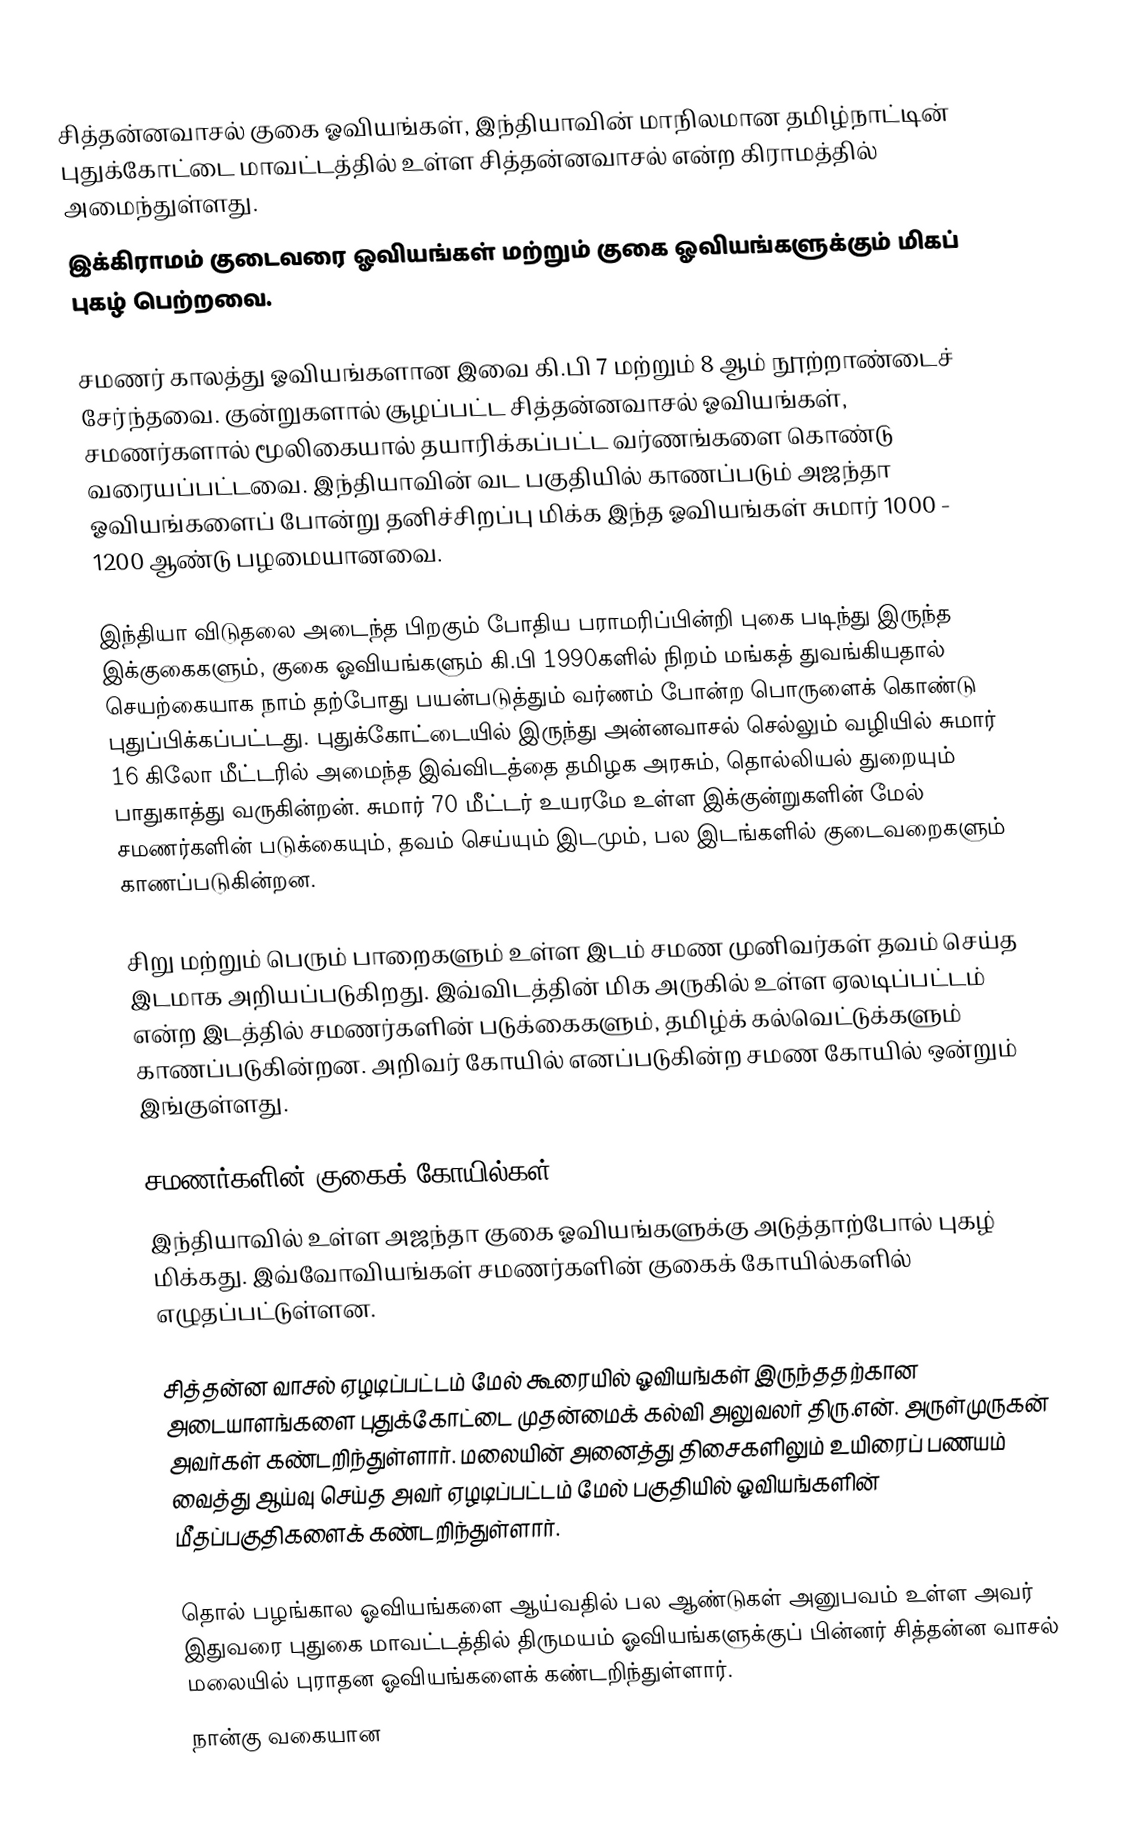
சித்தன்னவாசல் குகை ஓவியங்கள், இந்தியாவின் மாநிலமான தமிழ்நாட்டின் புதுக்கோட்டை மாவட்டத்தில் உள்ள சித்தன்னவாசல் என்ற கிராமத்தில் அமைந்துள்ளது.
இக்கிராமம் குடைவரை ஓவியங்கள் மற்றும் குகை ஓவியங்களுக்கும் மிகப் புகழ் பெற்றவை.

சமணர் காலத்து ஓவியங்களான இவை கி.பி 7 மற்றும் 8 ஆம் நூற்றாண்டைச் சேர்ந்தவை. குன்றுகளால் சூழப்பட்ட சித்தன்னவாசல் ஓவியங்கள், சமணர்களால் மூலிகையால் தயாரிக்கப்பட்ட வர்ணங்களை கொண்டு வரையப்பட்டவை. இந்தியாவின் வட பகுதியில் காணப்படும் அஜந்தா ஓவியங்களைப் போன்று தனிச்சிறப்பு மிக்க இந்த ஓவியங்கள் சுமார் 1000 - 1200 ஆண்டு பழமையானவை.

இந்தியா விடுதலை அடைந்த பிறகும் போதிய பராமரிப்பின்றி புகை படிந்து இருந்த இக்குகைகளும், குகை ஓவியங்களும் கி.பி 1990களில் நிறம் மங்கத் துவங்கியதால் செயற்கையாக நாம் தற்போது பயன்படுத்தும் வர்ணம் போன்ற பொருளைக் கொண்டு புதுப்பிக்கப்பட்டது. புதுக்கோட்டையில் இருந்து அன்னவாசல் செல்லும் வழியில் சுமார் 16 கிலோ மீட்டரில் அமைந்த இவ்விடத்தை தமிழக அரசும், தொல்லியல் துறையும் பாதுகாத்து வருகின்றன். சுமார் 70 மீட்டர் உயரமே உள்ள இக்குன்றுகளின் மேல் சமணர்களின் படுக்கையும், தவம் செய்யும் இடமும், பல இடங்களில் குடைவறைகளும் காணப்படுகின்றன.

சிறு மற்றும் பெரும் பாறைகளும் உள்ள இடம் சமண முனிவர்கள் தவம் செய்த இடமாக அறியப்படுகிறது. இவ்விடத்தின் மிக அருகில் உள்ள ஏலடிப்பட்டம் என்ற இடத்தில் சமணர்களின் படுக்கைகளும், தமிழ்க் கல்வெட்டுக்களும் காணப்படுகின்றன. அறிவர் கோயில் எனப்படுகின்ற சமண கோயில் ஒன்றும் இங்குள்ளது.

சமணர்களின் குகைக் கோயில்கள்
இந்தியாவில் உள்ள அஜந்தா குகை ஓவியங்களுக்கு அடுத்தாற்போல் புகழ் மிக்கது. இவ்வோவியங்கள் சமணர்களின் குகைக் கோயில்களில் எழுதப்பட்டுள்ளன.

சித்தன்ன வாசல் ஏழடிப்பட்டம் மேல் கூரையில் ஓவியங்கள் இருந்ததற்கான அடையாளங்களை புதுக்கோட்டை முதன்மைக் கல்வி அலுவலர் திரு.என். அருள்முருகன் அவர்கள் கண்டறிந்துள்ளார். மலையின் அனைத்து திசைகளிலும் உயிரைப் பணயம் வைத்து ஆய்வு செய்த அவர் ஏழடிப்பட்டம் மேல் பகுதியில் ஓவியங்களின் மீதப்பகுதிகளைக் கண்டறிந்துள்ளார்.

தொல் பழங்கால ஓவியங்களை ஆய்வதில் பல ஆண்டுகள் அனுபவம் உள்ள அவர் இதுவரை புதுகை மாவட்டத்தில் திருமயம் ஓவியங்களுக்குப் பின்னர் சித்தன்ன வாசல் மலையில் புராதன ஓவியங்களைக் கண்டறிந்துள்ளார்.
நான்கு வகையான